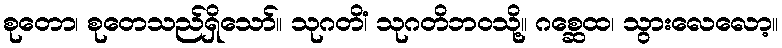
စုတော၊ စုတေသည်ရှိသော်။ သုဂတိံ၊ သုဂတိဘဝသို့။ ဂစ္ဆေထ၊ သွားလေလော့။